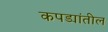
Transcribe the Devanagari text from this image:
कपड्यांतील